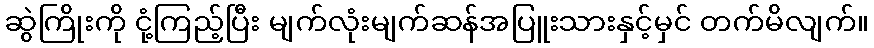
ဆွဲကြိုးကို ငုံ့ကြည့်ပြီး မျက်လုံးမျက်ဆန်အပြူးသားနှင့်မှင် တက်မိလျက်။